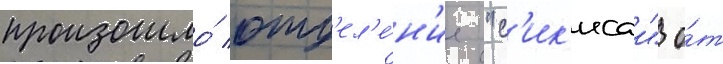
произошло́ отд'ел'е́н'ие "с'ик'исаи" о́т